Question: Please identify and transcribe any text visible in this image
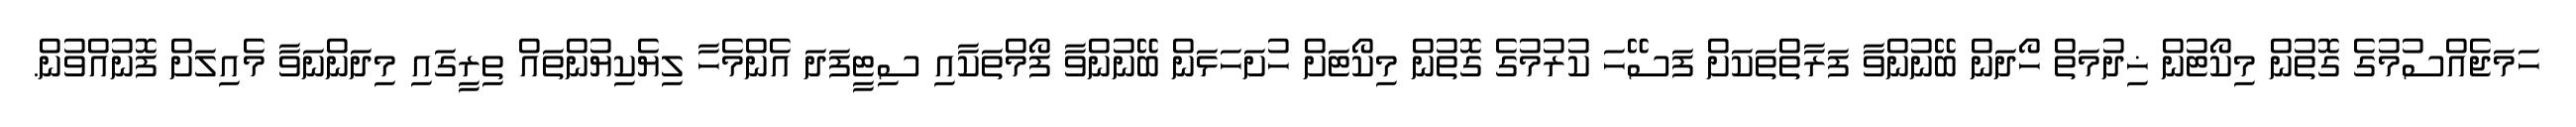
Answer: ހަމަޖެއްސުމުގެ ގޮތުން މިކޯޓުން ޚިދުމަތް ހޯދަން ބޭނުންވާ ފަރާތްތަކަށް ފަސޭހަ ކުރުމުގެ ގޮތުން މިކޯޓަށް ހުށަހަޅަން ބޭނުންވާ ފޯމްތަކާއި ސިޓީފަދަ އެންމެހާ ލިޔެކިޔުންތައް ތިރީގައި މިދަންނަވާ މެއިލަށް ފޮނުއްވުން.